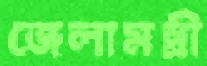
জেলামন্ত্রী